Indian journal of veterinary science and animal husbandry - Volumes 15-17, 1948-1951
Year: 1948
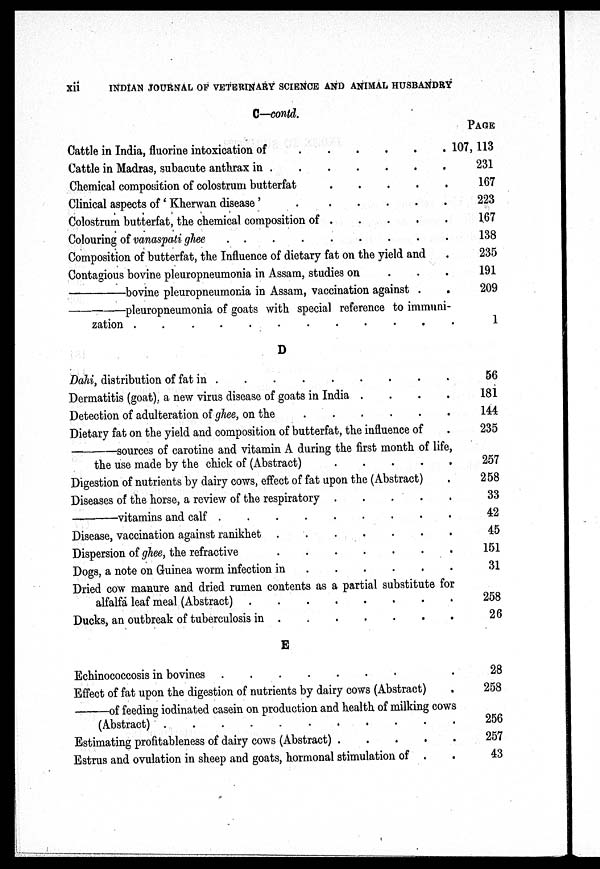
xii
INDIAN JOURNAL OF VETERINARY SCIENCE AND ANIMAL HUSBANDRY
C—contd.
Cattle in India, fluorine intoxication of
.
.
.
.
.
.
.
.
Cattle in Madras, subacute anthrax in
.
.
.
.
.
.
.
.
Chemical composition of colostrum butterfat . . . . . . . .
Clinical aspects of 'Kherwan disease'
.
.
.
.
Colostrum butterfat, the chemical composition of . . . . . . . .
Colouring of vanaspati ghee
Composition of butterfat, the Influence of dietary fat on the yield and .
Contagious bovine pleuropneumonia in Assam, studies on . . .
—bovine
pleuropneumonia in Assam, vaccination against . .
—pleuropneumonia
of goats with special reference to immuni-
zation . . . . . . . .
D
Dahi, distribution of fat in
.
.
.
.
.
.
.
.
Dermatitis (goat), a new virus disease of goats in India .
.
.
.
Detection of adulteration of ghee, on the . . . . . . . .
Dietary fat on the yield and composition of butterfat, the influence of .
—sources
of carotine and vitamin A during the first month of life,
the use made by the chick of (Abstract) . . . . . . . .
Digestion of nutrients by dairy cows, effect of fat upon the (Abstract) .
Diseases of the horse, a review of the respiratory . . . . . . . .
vitamins and calf . . . . . . . . . . . . . . . .
Disease, vaccination against ranikhet
.
.
.
.
.
.
.
.
Dispersion of ghee, the refractive
.
.
.
.
.
.
.
.
Dogs, a note on Guinea worm infection in . . . . . . . .
Dried cow manure and dried rumen contents as a partial substitute for
alfalfa leaf meal (Abstract)
.
.
.
.
.
.
.
.
Ducks, an outbreak of tuberculosis in
.
.
.
.
.
.
.
.
E
Echinococcosis in bovines
.
.
.
.
.
.
.
.
Effect of fat upon the digestion of nutrients by dairy cows (Abstract) .
—of
feeding iodinated casein on production and health of milking cows
(Abstract) . . . . . . . . . . . . . . . .
Estimating profitableness of dairy cows (Abstract) . . . . . . . .
Estrus and ovulation in sheep and goats, hormonal stimulation of . .
PAGE
107, 113
231
167
223
167
138
235
191
209
1
56
181
144
235
257
258
33
42
45
151
31
258
26
28
258
256
257
43